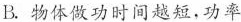
B.物体做功时间越短，功率